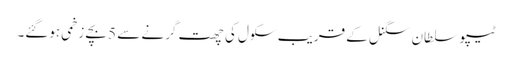
ٹیپو سلطان سگنل کے قریب سکول کی چھت گرنے سے 5 بچے زخمی ہوگئے۔